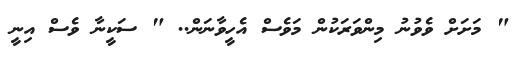
" މަށަށް ވެވުނު މިންވަރަކުން މަވެސް އެހީވާނަން.. " ސަކީނާ ވެސް އިނީ